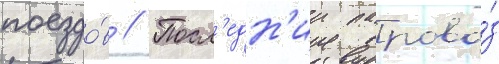
поездо́в // Посл'едн'ии парово́з